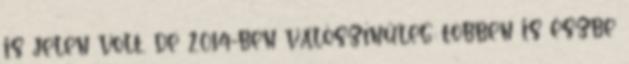
is jelen volt, de 2014-ben valószínűleg többen is észbe